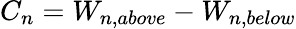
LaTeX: C_{n}=W_{n,above}-W_{n,below}